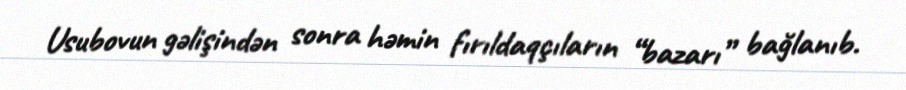
Usubovun gəlişindən sonra həmin fırıldaqçıların “bazarı” bağlanıb.